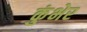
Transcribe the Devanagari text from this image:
कुंभेर